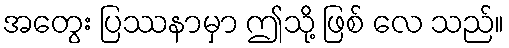
အတွေး ပြဿနာမှာ ဤသို့ ဖြစ် လေ သည်။